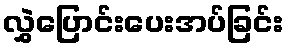
လွှဲပြောင်းပေးအပ်ခြင်း